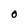
Character: O